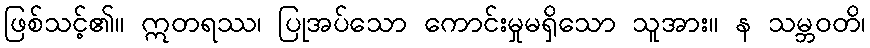
ဖြစ်သင့်၏။ ဣတရဿ၊ ပြုအပ်သော ကောင်းမှုမရှိသော သူအား။ န သမ္ဘဝတိ၊